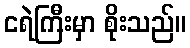
ငရဲကြီးမှာ စိုးသည်။